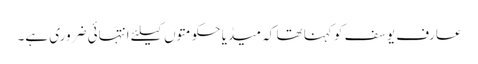
عارف یوسف کو کہنا تھا کہ میڈیا حکومتوں کیلئے انتہائی ضروری ہے۔